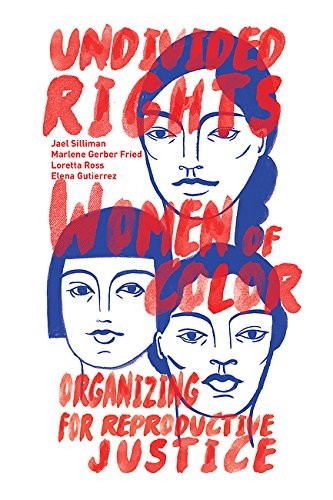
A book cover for Undivided Rights: Women of Color Organizing for Reproductive Justice; Loretta Ross; Politics & Social Sciences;